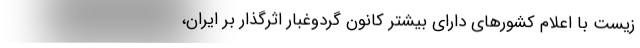
زیست با اعلام کشورهای دارای بیشتر کانون گردوغبار اثرگذار بر ایران،